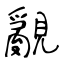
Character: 覶